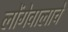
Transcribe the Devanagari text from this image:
लोंगेवालाचे